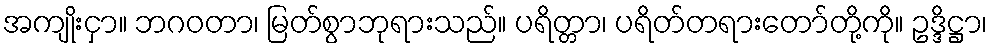
အကျိုးငှာ။ ဘဂဝတာ၊ မြတ်စွာဘုရားသည်။ ပရိတ္တာ၊ ပရိတ်တရားတော်တို့ကို။ ဥဒ္ဒိဋ္ဌာ၊